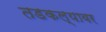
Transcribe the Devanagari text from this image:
तडकल्यावर